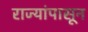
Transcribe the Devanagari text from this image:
राज्यांपासून